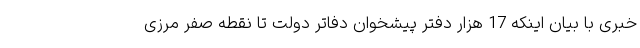
خبری با بیان اینکه 17 هزار دفتر پیشخوان دفاتر دولت تا نقطه صفر مرزی